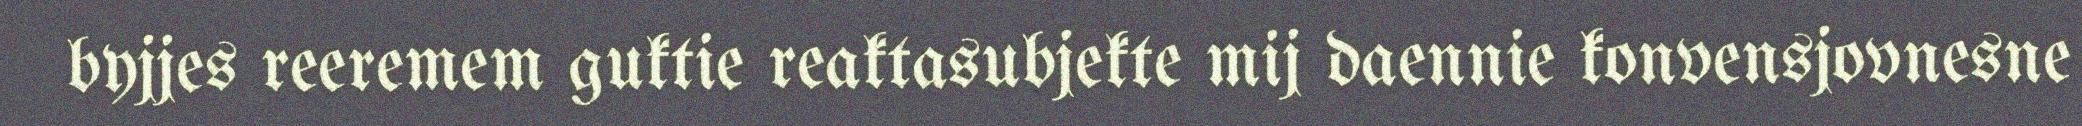
byjjes reeremem guktie reaktasubjekte mij daennie konvensjovnesne